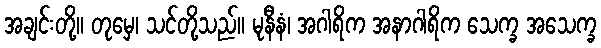
အချင်းတို့။ တုမှေ၊ သင်တို့သည်။ မုနီနံ၊ အဂါရိက အနာဂါရိက သေက္ခ အသေက္ခ